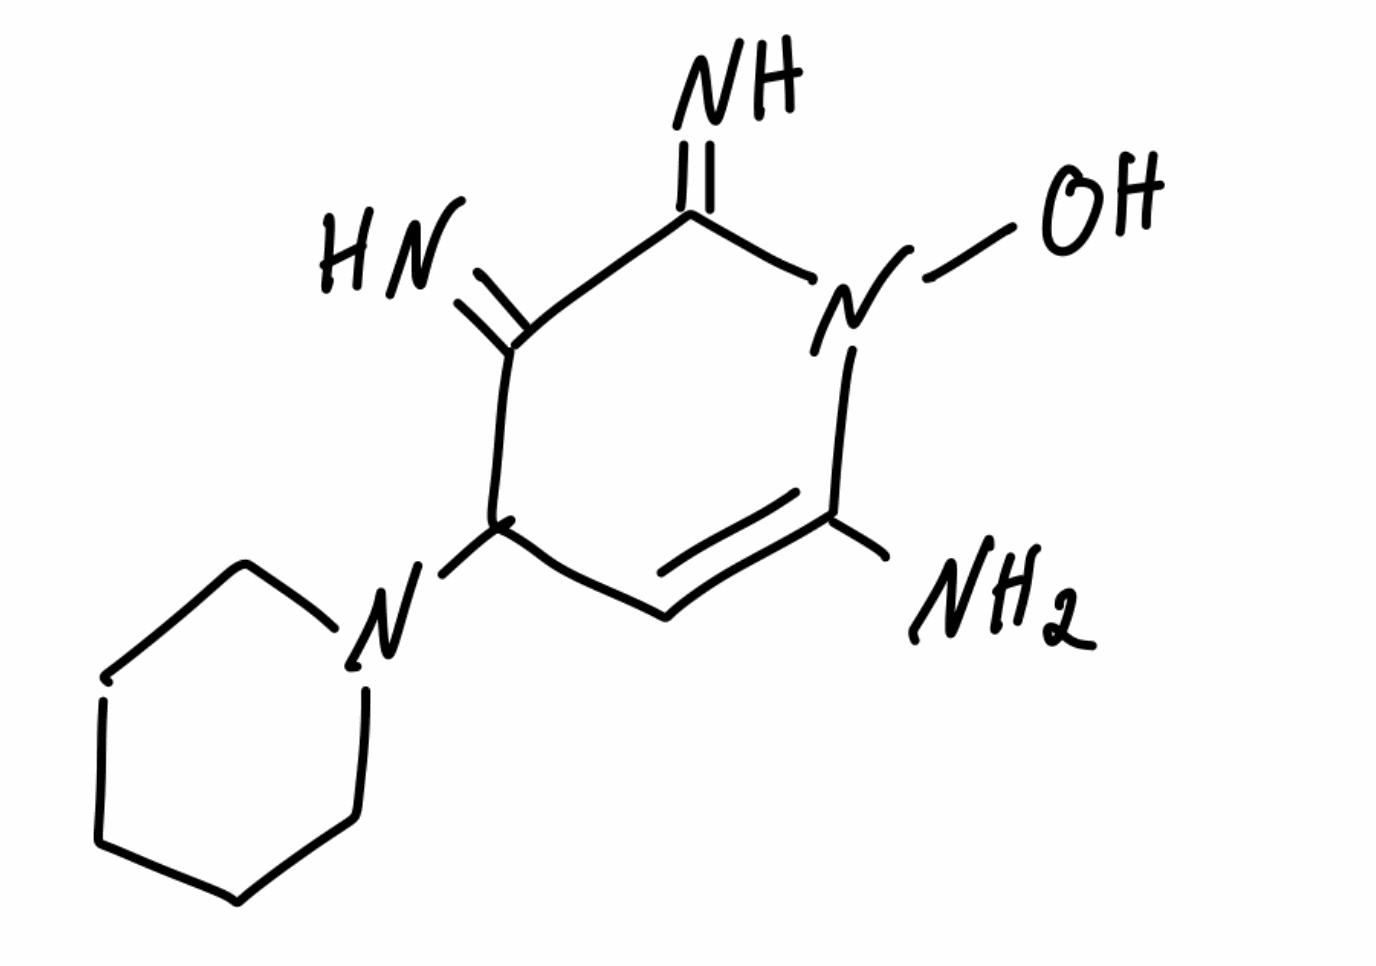
Simplified molecular-input line-entry system (SMILES) notation of the given molecule:
C1CCN(CC1)C2C=C(N(C(=N)C2=N)O)N